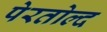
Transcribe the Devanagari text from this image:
पेरतोल्द